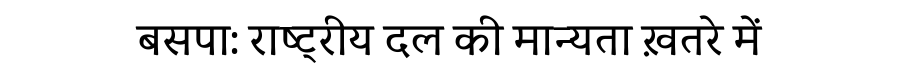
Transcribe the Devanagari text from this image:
बसपा: राष्ट्रीय दल की मान्यता ख़तरे में